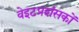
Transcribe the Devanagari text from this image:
वेइटप्रशंसकों